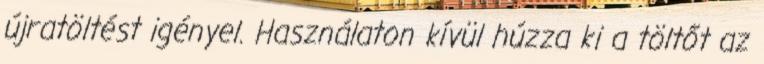
újratöltést igényel. Használaton kívül húzza ki a töltőt az